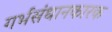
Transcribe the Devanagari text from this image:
गर्भसंधानकारक